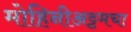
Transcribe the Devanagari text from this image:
मोहिनीअट्टमचा